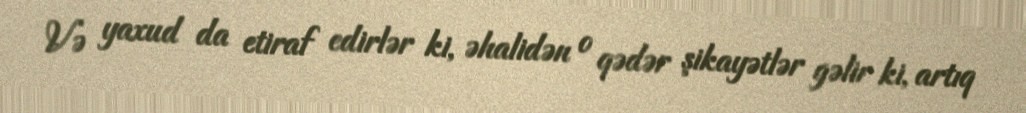
Və yaxud da etiraf edirlər ki, əhalidən o qədər şikayətlər gəlir ki, artıq